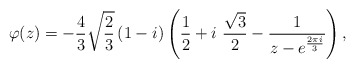
\begin{align*}\varphi(z) = -\frac{4}{3} \sqrt{\frac{2}{3}} \left( 1 - i \right) \left( \frac{1}{2} + i\ \frac{\sqrt{3}}{2} - \frac{1}{z-e^{\frac{2\pi i}{3}}} \right),\end{align*}